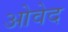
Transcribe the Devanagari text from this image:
ओवेद